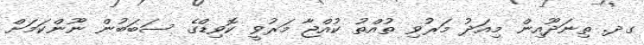
ގދ. ތިނަދޫއިން މިއަދު މަރުވި ތުއްތު ކުއްޖާ މަރުވީ ކޮވިޑްގެ ސަބަބުން ނޫންކަމަށް